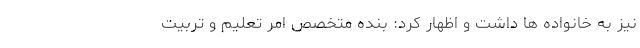
نیز به خانواده ها داشت و اظهار کرد: بنده متخصص امر تعلیم و تربیت